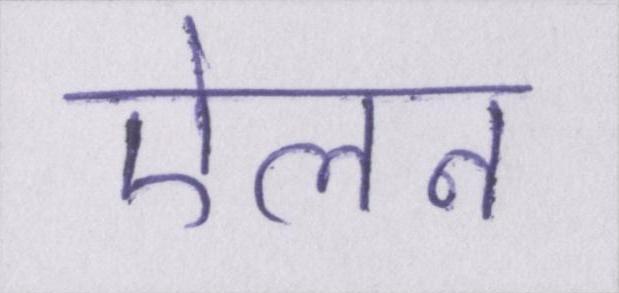
ऐलन